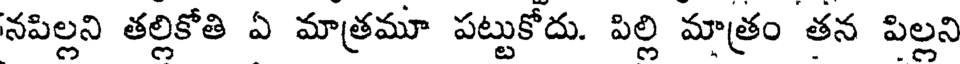
నపిల్లని తల్లికోతి ఏ మాత్రమూ పట్టుకోదు. పిల్లి మాత్రం తన పిల్లని